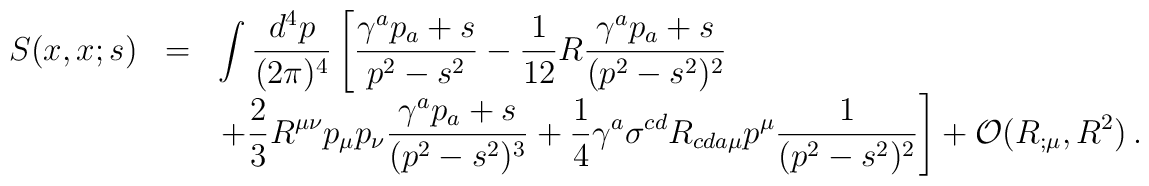
\begin{array}{rcl}     \displaystyle S(x,x;s)     &=&\displaystyle \int        \frac{d^{4}p}{(2\pi)^{4}}\left[        \frac{\gamma^{a}p_{a}+s}{p^{2}-s^{2}}        -\frac{1}{12}R\frac{\gamma^{a}p_{a}+s}{(p^{2}-s^{2})^{2}}     \right.\\     &&\displaystyle\left.+\frac{2}{3}{R}^{\mu\nu}p_{\mu}p_{\nu}     \frac{\gamma^{a}p_{a}+s}{(p^{2}-s^{2})^{3}}     +\frac{1}{4}\gamma^{a}\sigma^{cd}{R}_{cda\mu}p^{\mu}     \frac{1}{(p^{2}-s^{2})^{2}}     \right]+{\cal O}(R_{;\mu},R^{2})\, .\end{array}